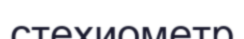
стехиометр